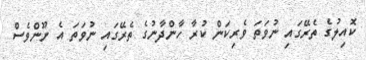
ކޮއިލުގެ ތެރޭގައި ނުވަތަ ވެރިކަން ކުރާ ހާންދާނުގެ ތެރޭގައި ނުވަތަ އެ ނޫންވެސް